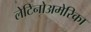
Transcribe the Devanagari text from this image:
लेटिनोअमेरिका